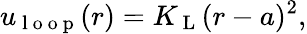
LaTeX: u_{\mathrm{~l~o~o~p~}}(r)=K_{\mathrm{~L~}}(r-a)^{2},